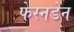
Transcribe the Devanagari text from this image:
फेस्नडेन